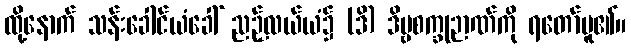
ထို့နောက် သန်းခေါင်ယံခေါ် ညဉ့်လယ်ယံ၌ (ဒိ) ဒိဗ္ဗစက္ခုဉာဏ်ကို ရတော်မူ၏။